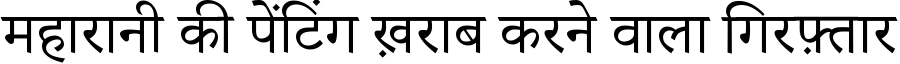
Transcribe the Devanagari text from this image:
महारानी की पेंटिंग ख़राब करने वाला गिरफ़्तार